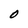
Character: O